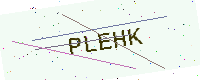
Text: PLEHK